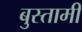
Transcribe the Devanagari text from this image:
बुस्तामी